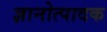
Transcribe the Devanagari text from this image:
ज्ञानोत्पादक